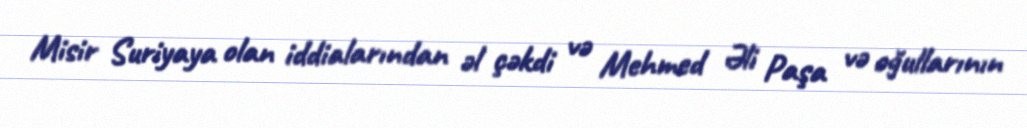
Misir Suriyaya olan iddialarından əl çəkdi və Mehmed Əli Paşa və oğullarının